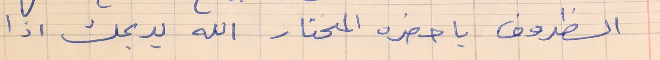
الظروف يا حضره المختار الله يديمك اذا